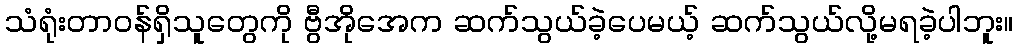
သံရုံးတာဝန်ရှိသူတွေကို ဗွီအိုအေက ဆက်သွယ်ခဲ့ပေမယ့် ဆက်သွယ်လို့မရခဲ့ပါဘူး။